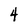
Character: 4